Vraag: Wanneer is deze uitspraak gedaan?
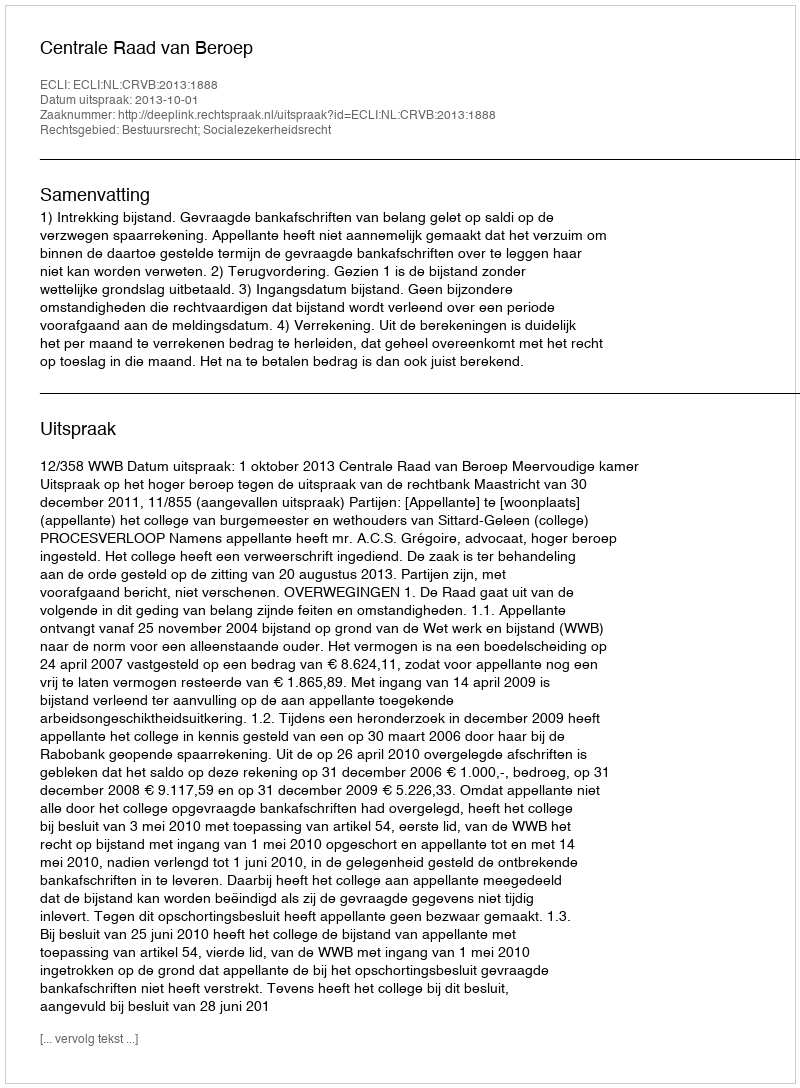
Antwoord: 2013-10-01